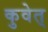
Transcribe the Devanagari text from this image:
कुवेत्